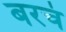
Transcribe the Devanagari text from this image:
बरचं